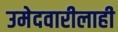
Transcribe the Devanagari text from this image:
उमेदवारीलाही